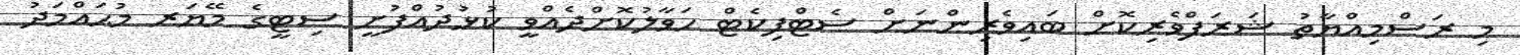
މި ރަސްމިއްޔާތު ޝަރަފްވެރިކޮށް ބައިވެރިންނަށް ސެޓްފިކެޓް ހަވާލުކޮށްދެއްވީ ކުޅުދުއްފުށީ ސިޓީގެ މޭޔަރ މުޙައްމަދު